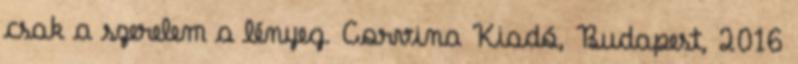
csak a szerelem a lényeg. Corvina Kiadó, Budapest, 2016